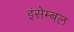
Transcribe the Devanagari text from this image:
इंसेम्बल